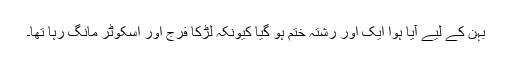
بہن کے لیے آیا ہوا ایک اور رشتہ ختم ہو گیا کیونکہ لڑکا فرج اور اسکوٹر مانگ رہا تھا۔